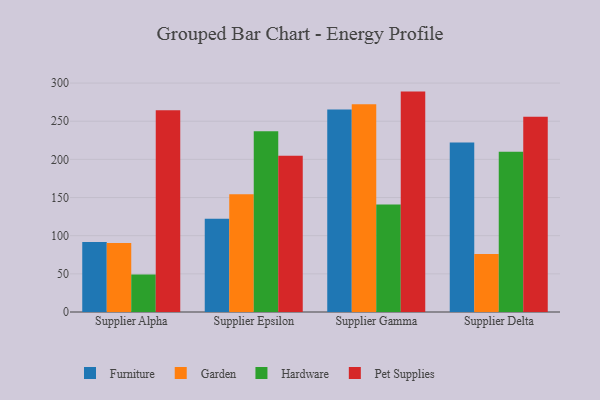
{"axis": {"x": "Supplier", "y": "Latency (ms)"}, "legend": ["Furniture", "Garden", "Hardware", "Pet Supplies"], "data": [{"x": "Supplier Alpha", "y": 91.8, "type": "Furniture"}, {"x": "Supplier Alpha", "y": 90.3, "type": "Garden"}, {"x": "Supplier Alpha", "y": 49.0, "type": "Hardware"}, {"x": "Supplier Alpha", "y": 264.5, "type": "Pet Supplies"}, {"x": "Supplier Epsilon", "y": 122.1, "type": "Furniture"}, {"x": "Supplier Epsilon", "y": 154.2, "type": "Garden"}, {"x": "Supplier Epsilon", "y": 236.8, "type": "Hardware"}, {"x": "Supplier Epsilon", "y": 204.8, "type": "Pet Supplies"}, {"x": "Supplier Gamma", "y": 265.2, "type": "Furniture"}, {"x": "Supplier Gamma", "y": 272.3, "type": "Garden"}, {"x": "Supplier Gamma", "y": 140.9, "type": "Hardware"}, {"x": "Supplier Gamma", "y": 288.8, "type": "Pet Supplies"}, {"x": "Supplier Delta", "y": 222.1, "type": "Furniture"}, {"x": "Supplier Delta", "y": 75.9, "type": "Garden"}, {"x": "Supplier Delta", "y": 210.1, "type": "Hardware"}, {"x": "Supplier Delta", "y": 255.7, "type": "Pet Supplies"}]}